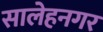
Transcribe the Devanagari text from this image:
सालेहनगर